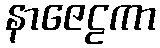
နာဇေဠကာ